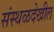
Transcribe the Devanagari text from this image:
संस्थळदेखील